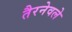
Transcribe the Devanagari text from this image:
तैरनेवले